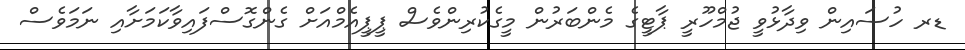
ޑރ ހުސައިން ވިދާޅުވީ ޖުމްހޫރީ ޕާޓީގެ މެންބަރުން މީގެކުރިންވެސް ޕީޕީއެމްއަށް ގެންގޮސްފައިވާކަމަށާއި ނަމަވެސް